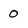
Character: 0